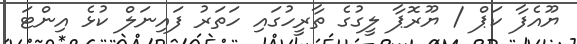
ޔޫއެފާ ކަޕް / ޔޫރޮޕާ ލީގުގެ ތާރީހުގައި ހަތަރު ފައިނަލް ކުޅެ އިންޓަ